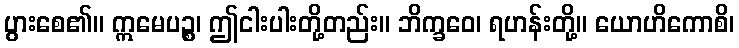
ပွားစေ၏။ ဣမေပဉ္စ၊ ဤငါးပါးတို့တည်း။ ဘိက္ခဝေ၊ ရဟန်းတို့။ ယောဟိကောစိ၊